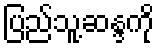
ပြည်သူ့ဆန္ဒကို